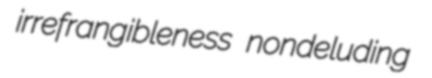
irrefrangibleness nondeluding